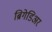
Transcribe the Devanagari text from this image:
ब्रिगेडिअर